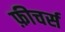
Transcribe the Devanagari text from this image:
फ़ीचर्स